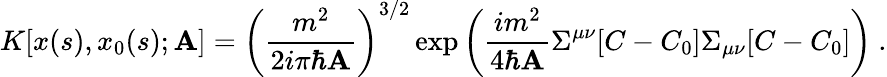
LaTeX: K[x(s),x_{0}(s);\mathbf{A}]=\left({\frac{{m^{2}}}{{2i\pi\hbar\mathbf{A}}}}\right)^{3/2}\exp\left({\frac{{im^{2}}}{{4\hbar\mathbf{A}}}}\Sigma^{\mu\nu}[C-C_{0}]\Sigma_{\mu\nu}[C-C_{0}]\right)\ .